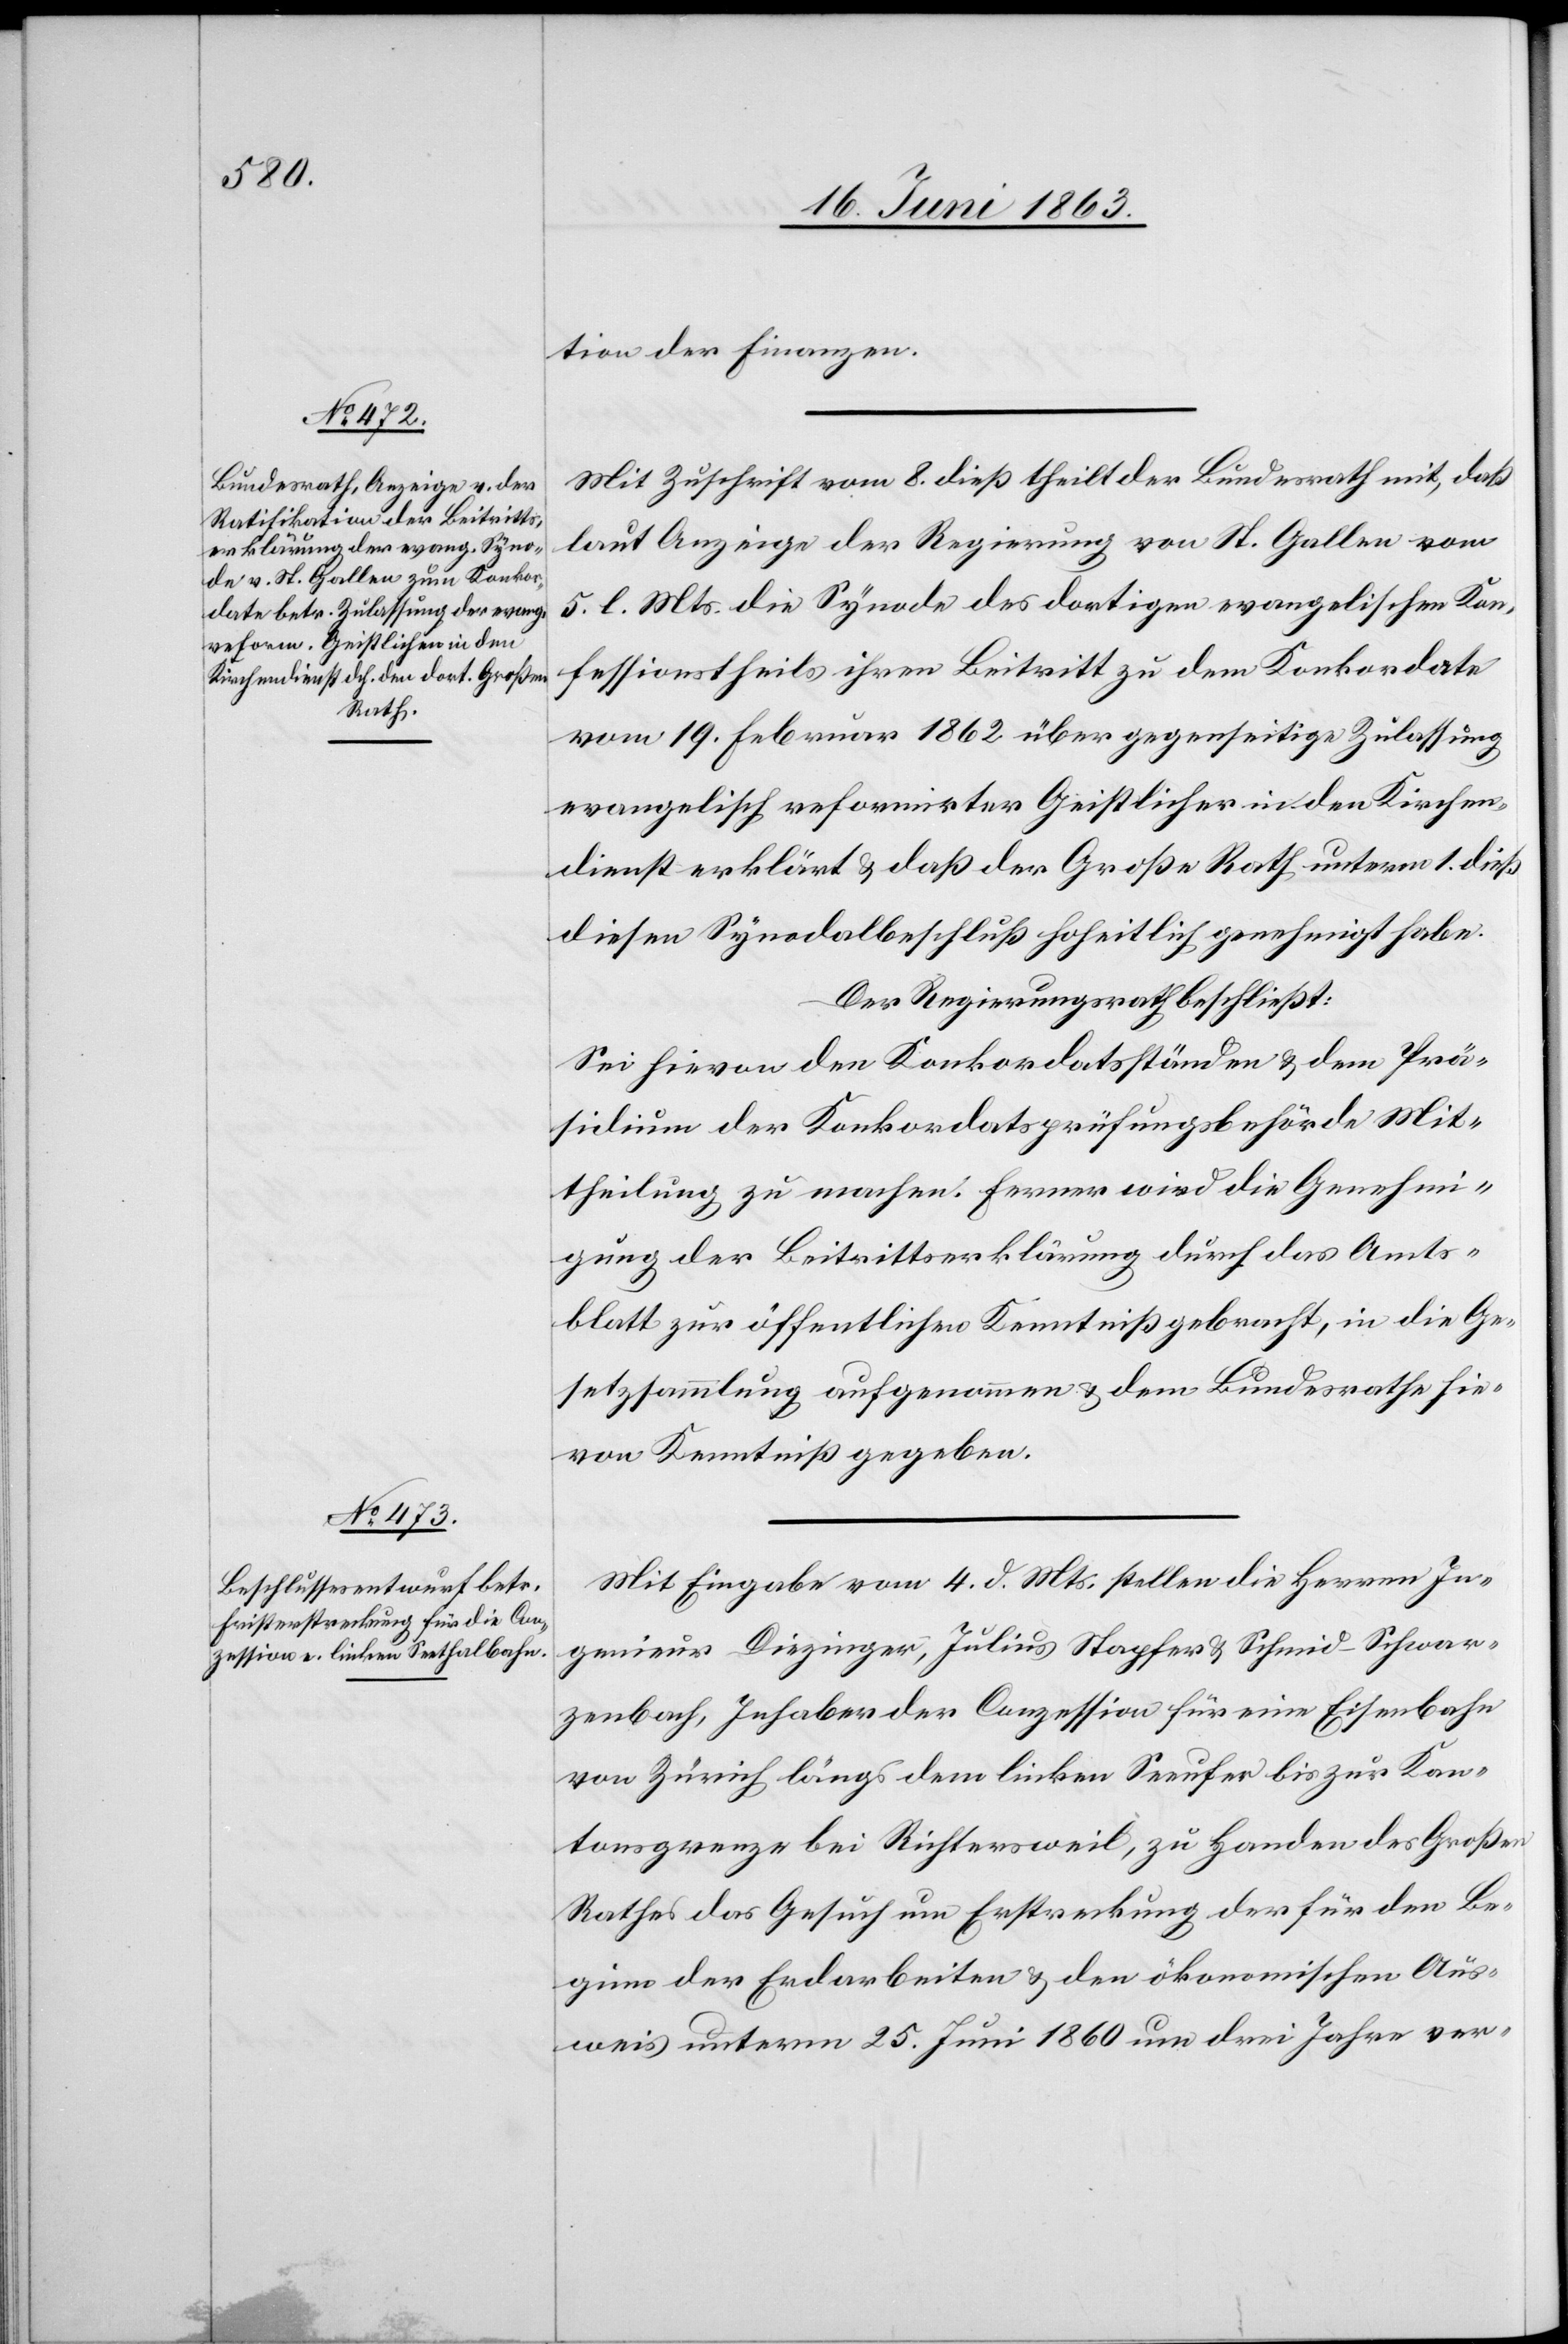
tion der Finanzen.
Mit Zuschrift vom 8. dieß theilt der Bundesrath mit, daß
laut Anzeige der Regierung von St. Gallen vom
5. l. Mts. die Synode des dortigen evangelischen Kon¬
fessionstheils ihren Beitritt zu dem Konkordate
vom 19. Februar 1862 über gegenseitige Zulassung
evangelisch reformirter Geistlicher in den Kirchen¬
dienst erklärt & daß der Große Rath unterm 1. dieß
diesen Synodalbeschluß hoheitlich genehmigt habe.
Der Regierungsrath beschließt:
Sei hievon den Konkordatsständen & dem Prä¬
sidium der Konkordatsprüfungsbehörde Mit¬
theilung zu machen. Ferner wird die Genehmi¬
gung der Beitrittserklärung durch das Amts¬
blatt zur öffentlichen Kenntniß gebracht, in die Ge¬
setzsammlung aufgenommen & dem Bundesrathe hie¬
von Kenntniß gegeben.
Mit Eingabe vom 4. d. Mts. stellen die Herren In¬
genieur Diezinger, Julius Stapfer & Schmid-Schwar¬
zenbach, Inhaber der Conzession für eine Eisenbahn
von Zürich längs dem linken Seeufer bis zur Kan¬
tonsgrenze bei Richtersweil, zu Handen des Großen
Rathes das Gesuch um Erstreckung der für den Be¬
ginn der Erdarbeiten & den ökonomischen Aus¬
weis unterm 25. Juni 1860 um drei Jahre ver-